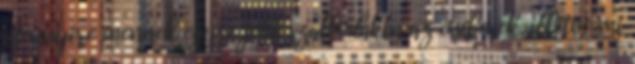
mennyire mennek egyre jobb szállodákba az emberek, illetve mi